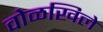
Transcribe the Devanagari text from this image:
वोळखिले